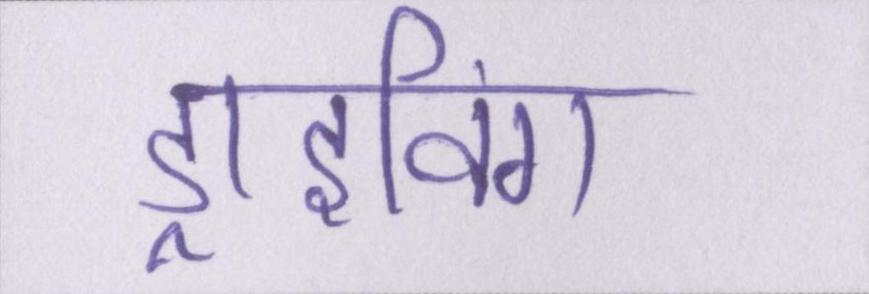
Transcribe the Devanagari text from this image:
ड्राइविंग